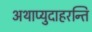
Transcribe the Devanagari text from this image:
अथाप्युदाहरन्ति